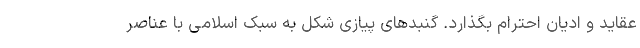
عقاید و ادیان احترام بگذارد. گنبدهای پیازی شکل به سبک اسلامی با عناصر